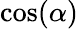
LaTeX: \cos(\alpha)